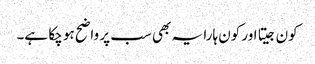
کون جیتا اور کون ہارا یہ بھی سب پر واضح ہو چکا ہے۔